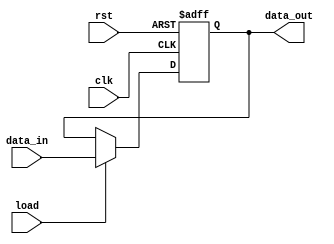
/* Register Unit
General purpose registers R0, R1, R2 and R3
*/

module Register_Unit #(
    parameter word_size = 8
) (
    // Ri_out
    output reg [word_size-1: 0] data_out,
    // data_in := Bus_2
    input [word_size-1: 0] data_in,
    // load := load_Ri
    input load,
    input clk, rst
);
    always @ (posedge clk or negedge rst)
        if (rst == 0) 
            data_out <= 0; 
        else if (load) 
            data_out <= data_in;
endmodule